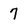
Character: 7